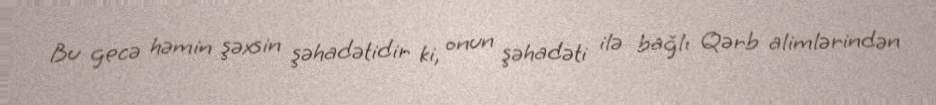
Bu gecə həmin şəxsin şəhadətidir ki, onun şəhadəti ilə bağlı Qərb alimlərindən